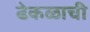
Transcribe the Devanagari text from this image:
ढेकळाची